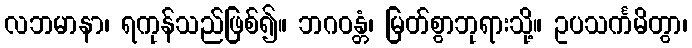
လဘမာနာ၊ ရကုန်သည်ဖြစ်၍။ ဘဂဝန္တံ၊ မြတ်စွာဘုရားသို့။ ဥပသင်္ကမိတွာ၊